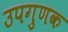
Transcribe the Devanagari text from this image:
उपगुणक